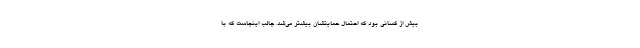
بیش از کسانی بود که احتمال حمایتشان بیشتر می‌شد. جالب اینجاست که با